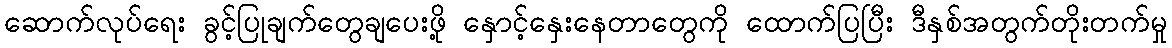
ဆောက်လုပ်ရေး ခွင့်ပြုချက်တွေချပေးဖို့ နှောင့်နှေးနေတာတွေကို ထောက်ပြပြီး ဒီနှစ်အတွက်တိုးတက်မှု